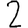
Digit: 2